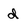
Character: d